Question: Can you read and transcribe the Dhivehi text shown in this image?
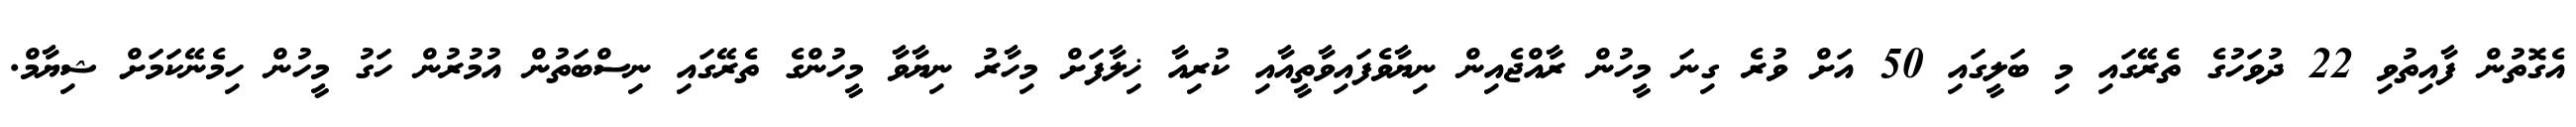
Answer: އެގޮތުން ފާއިތުވި 22 ދުވަހުގެ ތެރޭގައި މި ބަލީގައި 50 އަށް ވުރެ ގިނަ މީހުން ރާއްޖެއިން ނިޔާވެފައިވާތީއާއި ކުރިއާ ޚިލާފަށް މިހާރު ނިޔާވާ މީހުންގެ ތެރޭގައި ނިސްބަތުން އުމުރުން ހަގު މީހުން ހިމެނޭކަމަށް ޝިޔާމް.